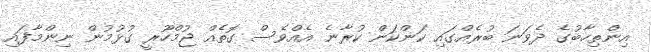
އިންތިހާބުގެ ދެވަނަ ބުރެއްގައި ކަންކަން ކުރާނެ އެއްވެސް ގޮތެއް ޖުމްހޫރީ ގުޅުމުން ނިންމާފައި